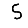
Digit: 5